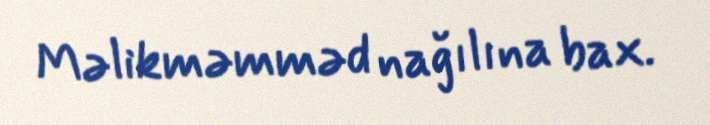
Məlikməmməd nağılına bax.